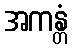
အကန္တံ